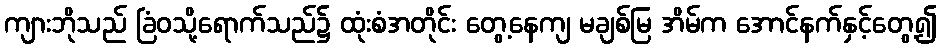
ကျားဘိုသည် ခြံဝသို့ရောက်သည်၌ ထုံးစံအတိုင်း တွေ့နေကျ မချစ်မြ အိမ်က အောင်နက်နှင့်တွေ့၍